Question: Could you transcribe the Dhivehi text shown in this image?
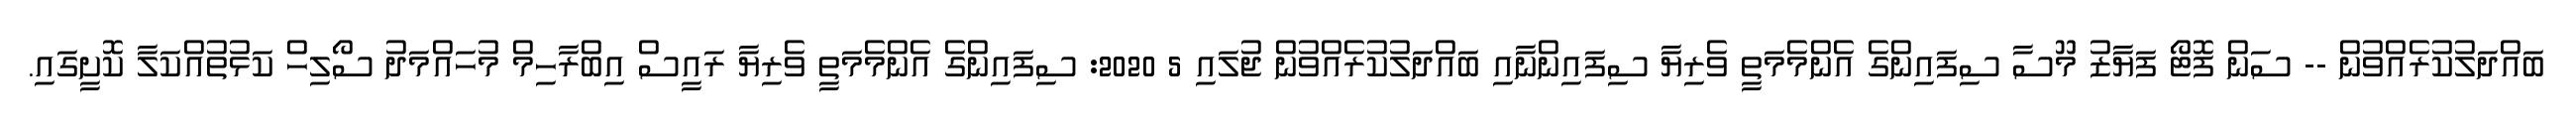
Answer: ބައްދަލުކުރެއްވުން -- ސަން ފޮޓޯ ފަޔާޒު މޫސާ ސިފައިންގެ އެންމެމަތީ ވެރިޔާ ސިފައިންނާއި ބައްދަލުކުރެއްވުން ޖުލައި 5 2020: ސިފައިންގެ އެންމެމަތީ ވެރިޔާ ރައީސް އިބްރާހިމް މުހައްމަދު ސޯލިހް ކަޅުތުއްކަލާ ކޮށީގައި.